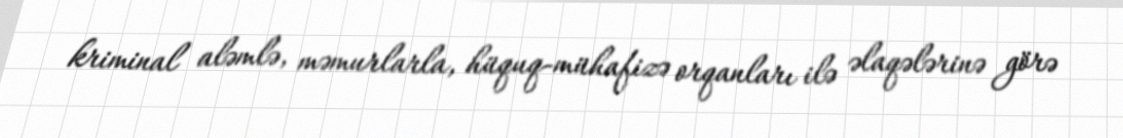
kriminal aləmlə, məmurlarla, hüquq-mühafizə orqanları ilə əlaqələrinə görə